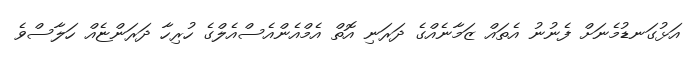
އަޅުގަނޑުމެނަށް ފެނުނު އެތައް ޒަމާނެއްގެ ދަރަނި އޮތް އެމްއެންއެސްއެލްގެ ހުރިހާ ދަރަންޏެއް ހަލާސްވެ